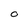
Character: O